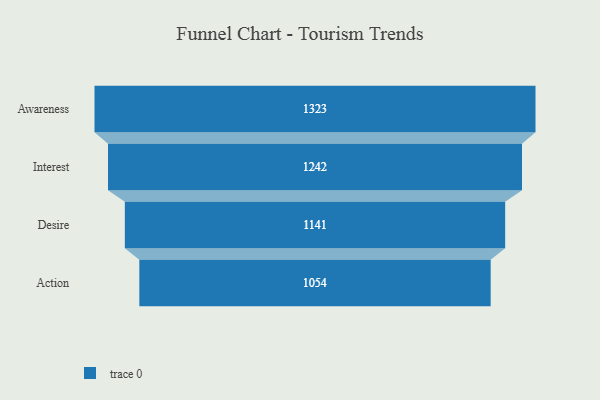
{"axis": {"x": "Stage", "y": "Value"}, "legend": [""], "data": [{"x": "Awareness", "y": 1323.0, "type": ""}, {"x": "Interest", "y": 1242.0, "type": ""}, {"x": "Desire", "y": 1141.0, "type": ""}, {"x": "Action", "y": 1054.0, "type": ""}]}